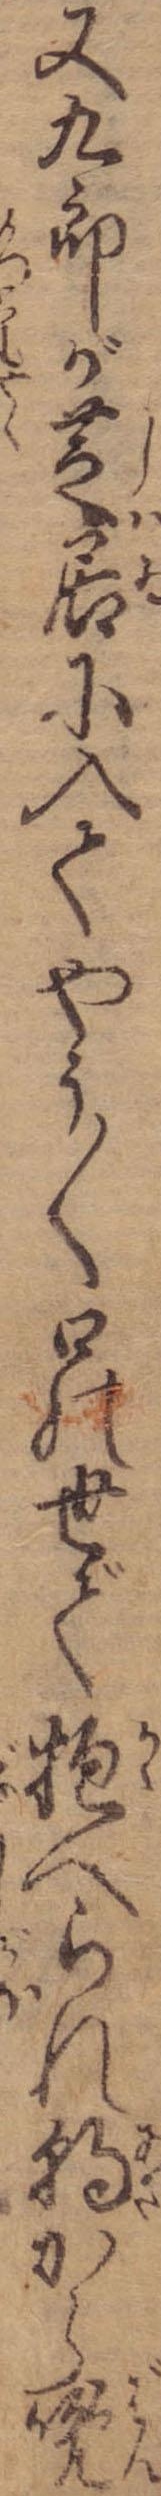
又九郎が芝居に入てやう〱口の世で抱へられ朝から晩